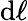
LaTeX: \mathrm{d}\ell